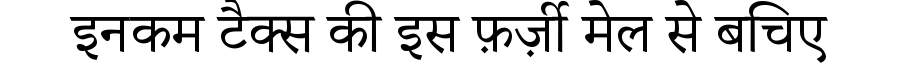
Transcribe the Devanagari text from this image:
इनकम टैक्स की इस फ़र्ज़ी मेल से बचिए